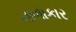
નાળાકાર